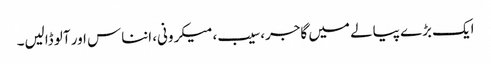
ایک بڑے پیالے میں گاجر، سیب، میکرونی، انناس اور آلو ڈالیں۔